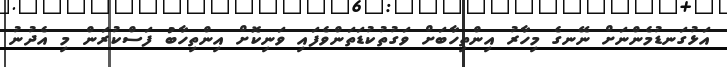
އަޅުގަނޑުމެންނަށް ނޭނގެ މިހާރު އިންތިހާބަށް ވަގުތުކުޑަތަންވެފައި ވަނިކޮށް އިންތިހާބު ފަސްކުރަން މި އެދުނު